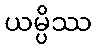
ယမ္ပိဿ